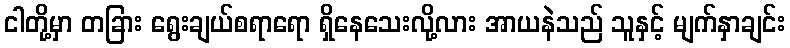
ငါတို့မှာ တခြား ရွေးချယ်စရာရော ရှိနေသေးလို့လား အာယနဲသည် သူနှင့် မျက်နှာချင်း